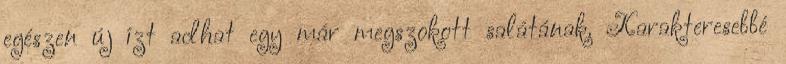
egészen új ízt adhat egy már megszokott salátának. Karakteresebbé